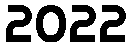
2022